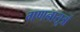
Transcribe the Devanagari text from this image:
गणनासूत्रों